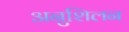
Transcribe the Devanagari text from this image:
अनुशिलन